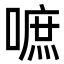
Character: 嗻